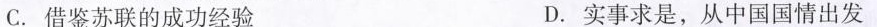
C.借鉴苏联的成功经验 D.实事求是，从中国国情出发